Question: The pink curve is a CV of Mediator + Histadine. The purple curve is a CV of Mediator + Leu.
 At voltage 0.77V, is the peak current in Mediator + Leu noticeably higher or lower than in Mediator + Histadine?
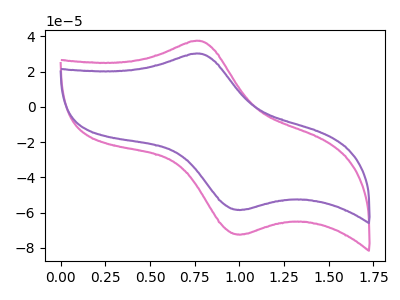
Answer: <think>The pink curve "Mediator + Histadine" has an anodic peak at (0.75V, 37.50uA) and a cathodic peak at (1.00V, -72.35uA). The purple curve "Mediator + Leu" has an anodic peak at (0.75V, 30.25uA) and a cathodic peak at (1.00V, -58.40uA).</think>
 <answer>The peak at 0.77V is lower in "Mediator + Leu" than in "Mediator + Histadine".</answer>
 <eval>lower</eval>